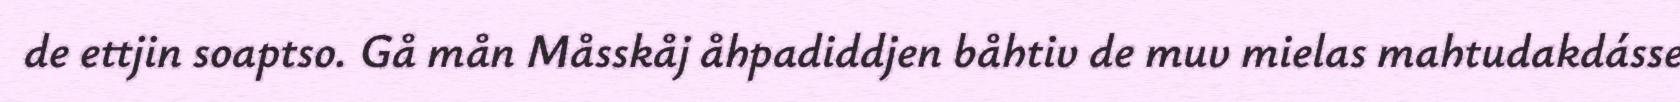
de ettjin soaptso. Gå mån Måsskåj åhpadiddjen båhtiv de muv mielas mahtudakdásse